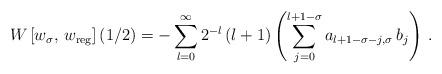
LaTeX: \begin{align*}W\left[w_\sigma,\,w_{\rm reg}\right](1/2)=-\sum_{l=0}^\infty 2^{-l}\,(l+1)\left(\sum_{j=0}^{l+1-\sigma}a_{l+1-\sigma-j, \sigma}\,b_j\right)\,. \end{align*}